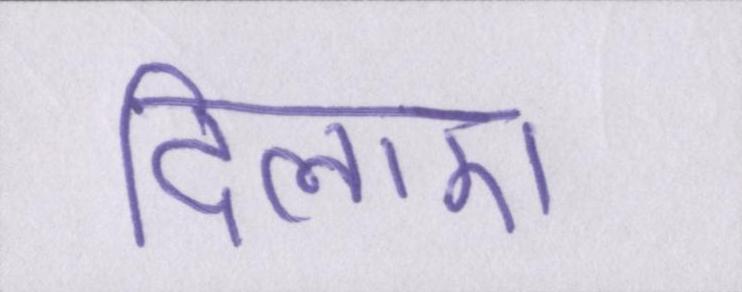
दिलाए